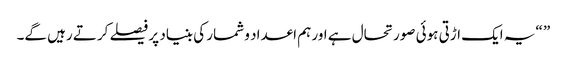
” “یہ ایک اڑتی ہوئی صورتحال ہے اور ہم اعداد و شمار کی بنیاد پر فیصلے کرتے رہیں گے۔